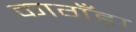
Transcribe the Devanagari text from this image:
कागँड़ा